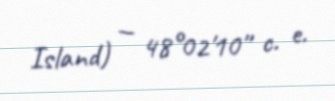
Island) — 48°02′10″ c. e.